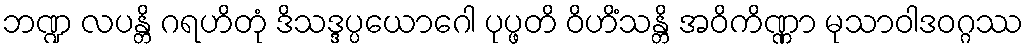
ဘဏ္ဍ လပန္တိ ဂရဟိတုံ ဒိသဒ္ဒပ္ပယောဂေါ ပုပ္ဖတိ ဝိဟိံသန္တိ အဝိကိဏ္ဏာ မုသာဝါဒဝဂ္ဂဿ